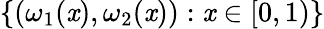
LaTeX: \{ (\omega_{1}(\mathit{x}),\omega_{2}(\mathit{x})):\mathit{x}\in[0,1)\}